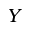
Y